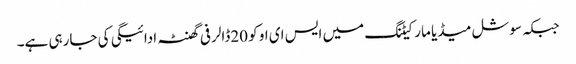
جبکہ سوشل میڈیا مارکیٹنگ میں ایس ای او کو 20ڈالر فی گھنٹہ ادائیگی کی جارہی ہے۔